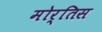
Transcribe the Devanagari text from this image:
मोर्तिस